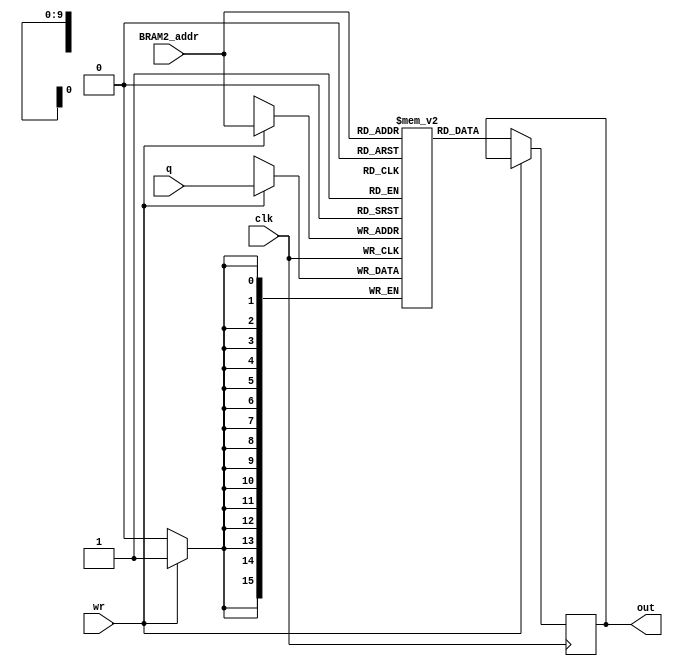
module MEM_skip_L7 (clk,BRAM2_addr,q,wr,out);
input clk,wr;
input [9:0] BRAM2_addr;
input [15:0] q;
output reg [15:0] out;

reg [15:0] rom[0:1023];
always @ (posedge clk)
	begin	
		if(wr)
			rom[BRAM2_addr]<=q;
		else 
			out<=rom[BRAM2_addr];
	end

endmodule